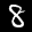
Label: 8